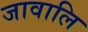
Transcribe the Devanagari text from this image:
जावालि